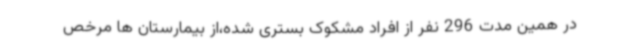
در همین مدت 296 نفر از افراد مشکوک بستری شده،از بیمارستان ها مرخص